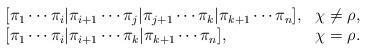
LaTeX: \begin{align*}\begin{array}{ll}[\pi_1\cdots\pi_i|\pi_{i+1}\cdots\pi_j|\pi_{j+1}\cdots\pi_k|\pi_{k+1}\cdots\pi_n], & \chi\neq\rho,\\{[\pi_1\cdots\pi_i|\pi_{i+1}\cdots\pi_k|\pi_{k+1}\cdots\pi_n]}, & \chi=\rho.\\\end{array}\end{align*}